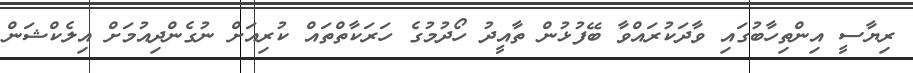
ރިޔާސީ އިންތިހާބުގައި ވާދަކުރައްވާ ބޭފުޅުން ތާއީދު ހޯދުމުގެ ހަރަކާތްތައް ކުރިއަށް ނުގެންދިއުމަށް އިލެކްޝަން